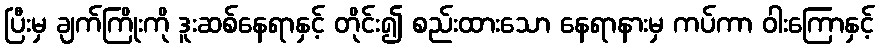
ပြီးမှ ချက်ကြိုးကို ဒူးဆစ်နေရာနှင့် တိုင်း၍ စည်းထားသော နေရာနားမှ ကပ်ကာ ဝါးကြောနှင့်